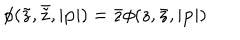
\phi ( \tilde { z } , \bar { \tilde { z } } , | { \bf p } | ) = \bar { z } \phi ( z , \bar { z } , | { \bf p } | )